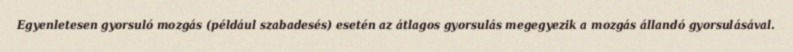
Egyenletesen gyorsuló mozgás (például szabadesés) esetén az átlagos gyorsulás megegyezik a mozgás állandó gyorsulásával.